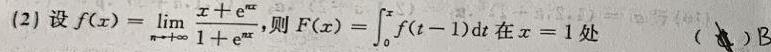
(2) 设$f(x)=\lim_{n \to +\infty} \frac{x + \mathrm{e}^{nx}}{1 + \mathrm{e}^{nx}}$，则$F(x)=\int_{0}^{x} f(t - 1) \mathrm{d}t$在$x = 1$处 （  ）B